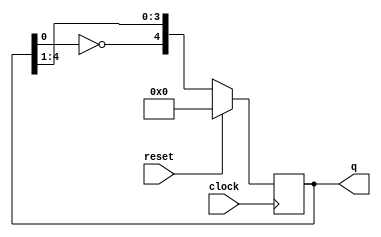
module js #(parameter N=5)
    (
        output reg [N-1:0]q,
        input reset,clock
    );

always @(posedge clock) begin
   if(reset) q<=0;
   else      q<={~q[0],q[N-1:1]}; 
end
endmodule